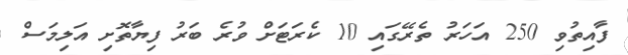
ފާއިތުވި 250 އަހަރު ތެރޭގައި 10 ކެރަޓަށް ވުރެ ބަރު ފިޔާތޮށި އަލިމަސް